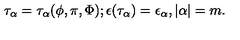
\tau _ { \alpha } = \tau _ { \alpha } ( \phi , \pi , \Phi ) ; \epsilon ( \tau _ { \alpha } ) = \epsilon _ { \alpha } , { } | \alpha | = m .